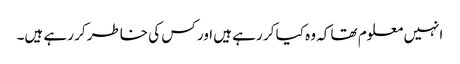
انہیں معلوم تھا کہ وہ کیا کر رہے ہیں اور کس کی خاطر کر رہے ہیں۔